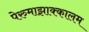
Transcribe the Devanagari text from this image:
पेरुमाझाक्कालम